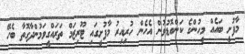
މާފުށީ ބައެއް މީހުންގެ ކަންބޮޑުވުން އެހެން ހުރިއިރު މާފުށީގައި ޓޫރިޒަމް ތަރައްގީވަމުންދާގޮތާ ބެހޭ